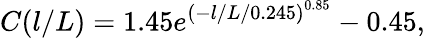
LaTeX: C(l/L)=1.45{e}^{{(-l/L/0.245)}^{0.85}}-0.45,